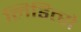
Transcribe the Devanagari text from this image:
लिडित्से